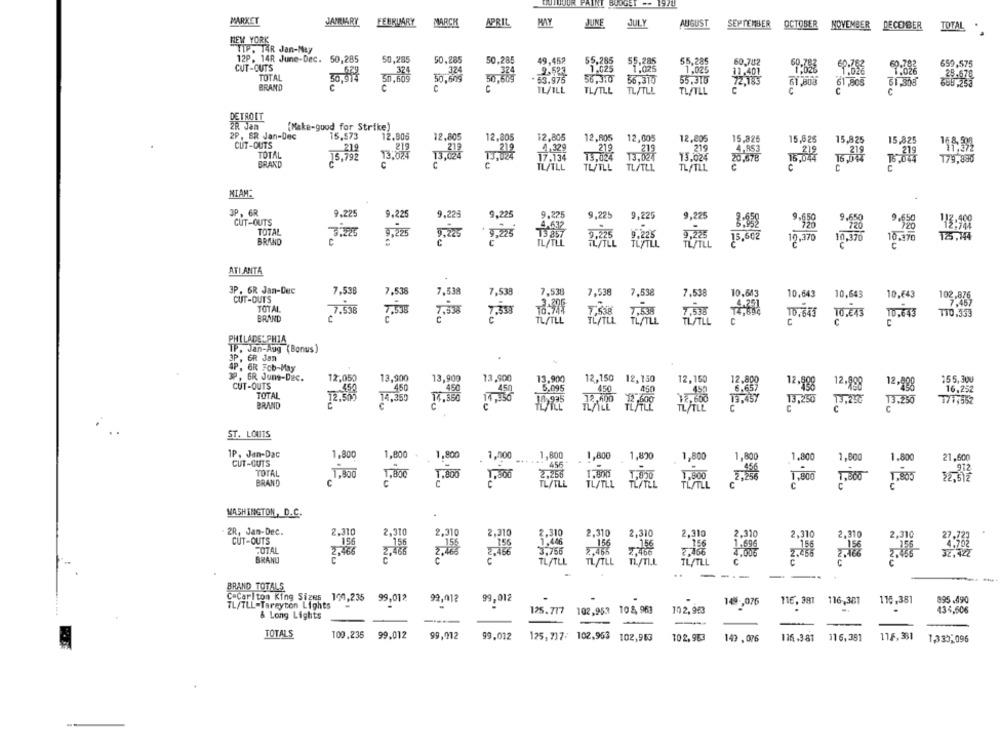
BOUGE -- 19713
MARKET
JANUARY
FEBRUARY
MARCH
APRIL
JUNE
JULY
AUGUST
SEPTEMBER
OCTOBER
NOVEMBER DECEMBER
TOTAL
NEW YORK
TIP. TAR Jan-May
12P. 14R June-Dec. 50,285
50,285
50.285
50,28!
49,452
55.285
55,285
55,285
CUT-CUTS
1.025
1,025
659,575
6,25
324
324
324
2,524
1.025
TOTAL
30.914
50,605
50,60g
53.975
36.315
55,310
BRAND
C
IL/ILL
TL/TLL
TL/TLL
TL/TLL
C
DETROIT
2R Jam
(Make-good for Strike)
2P. SR Jan-Dec
15,573
12,805
12,005
12,805
12,805
12,805
12,805
12,805
15,826
15,625
CUT-OUTS
219
219
15,825
15,425
TOTAL
13.024
13,024
15.024
18-92
BRAND
20.678
20.
TL/TLL
TL/TLL
TLFTLL
MIAM:
3P, 6R
9.225
9,225
9,225
9,225
CUT-OUTS
9.225
TOTAL
9,225
15,662
BRAND
ATLANTA
3P. GR Jan-Dec
7,538
10.643
CUT-OUTS
7,538
7,538
7,53
7,538
7,538
7,538
7.538
10,643
10,643
10,643
TOTAL
10,33
7.538
18-9
BRAND
PHILADELPHIA
TP. Jan-Aug (Bonus)
3P, ER Jan
.
4P. 6R Fcb-May
3P, GR Jung-Dec.
13,500
13,909
13,500
13.900
12,150
12, 150
12,150
155,300
CUT-OUTS
5.095
12-198
12,998
16.252
TOTAL
BRAND
TORE
13,250
13.250
177,552
ST. LOUIS
1P. Jan-Dac
1,800
1,800
. 1,800
1,800
1,800
21,600
CUT-GUTS
1,000
1,820
1,800
1,800
1.800
1,800
TOTAL
1. 800
BRAND
WASHINGTON, D.C.
2R, Jan-Dec.
2.310
2.310
2,310
2.310
2.310
2,310
CUT-OUTS
156
2,310
2,310
2,310
2,310
2,310
27.723
156
TOTAL
2,456
1-694
BRAND
C
TL/TLL
C
..
----
BRAND TOTALS
C-Carlton King Sizes 100,235
99,012
99,012
99,012
.
116, 381
116,301
116,381
895.490
TL/TLL-Tareyton Lights
14,076
& Long Lights
125.777 102.953 108, 963
10 2, 963
.
434,606
TOTALS
100,235
99.012
99,012
99,012
125, 7)7: 102.963 102,963
102,953
149 .076
116.3.81
116, 391
11.6,381
1,335,096